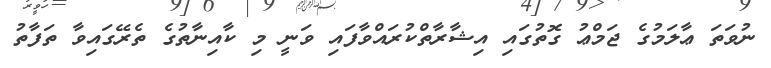
ނުވަތަ ޢާލަމުގެ ޖަމްޢު ގޮތުގައި އިޝާރާތްކުރައްވާފައި ވަނީ މި ކާއިނާތުގެ ތެރޭގައިވާ ތަފާތު